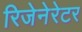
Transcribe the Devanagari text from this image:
रिजेनेरेटर